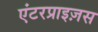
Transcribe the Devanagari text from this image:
एंटरप्राइज़स